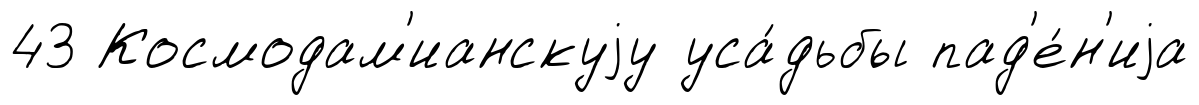
43 Космодам'ианскуjу уса́дьбы пад'е́н'иjа